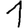
Digit: 1